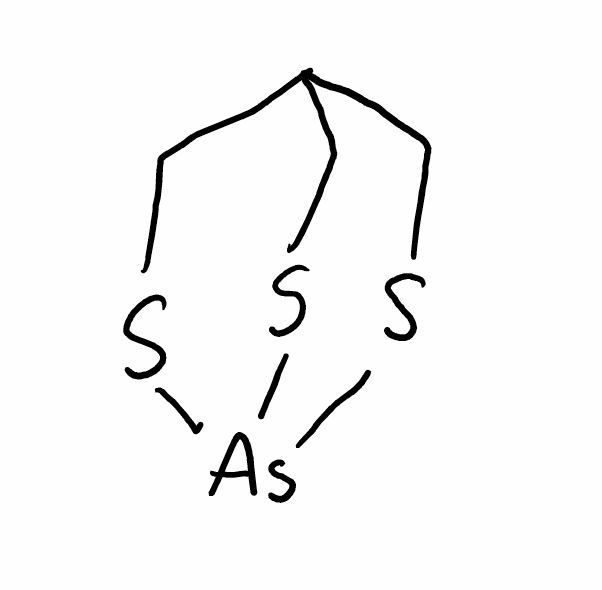
Simplified molecular-input line-entry system (SMILES) notation of the given molecule:
C1C2CS[As](S1)SC2